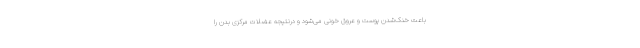
باعث خنک‌شدن پوست و عروق خونی می‌شود و درنتیجه عضلات مرکزی بدن را